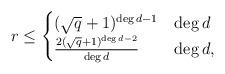
LaTeX: \begin{align*}\ r\le \begin{cases}(\sqrt{q}+1)^{\deg d-1} & \deg d \\ \frac{2(\sqrt{q}+1)^{\deg d-2}}{\deg d} & \deg d , \end{cases}\end{align*}